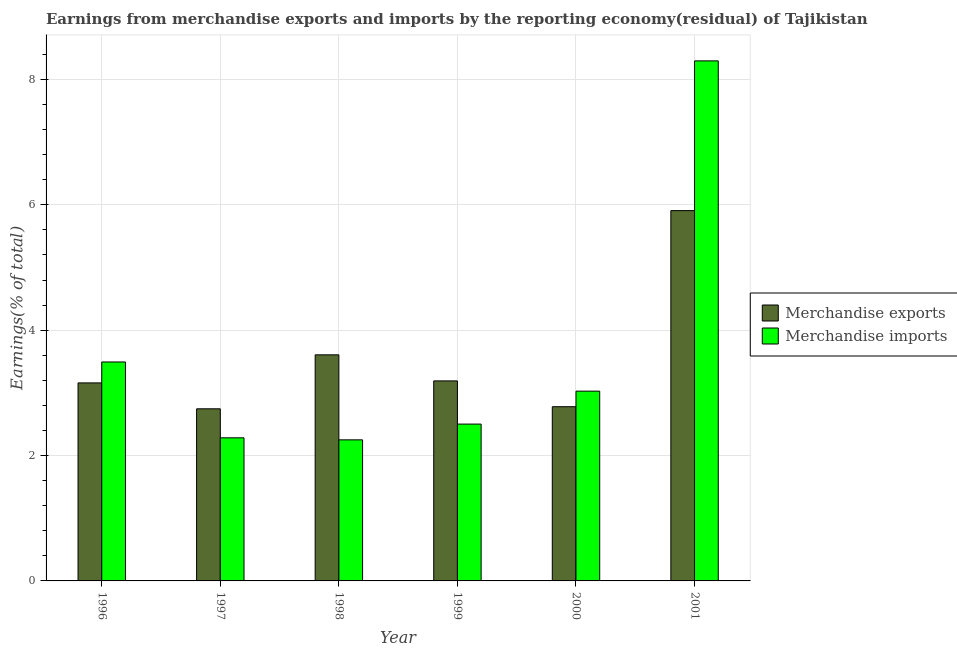
| Year | Merchandise exports | Merchandise imports |
 | --- | --- | --- |
 | 1996 | 3.16 | 3.49 |
 | 1997 | 2.75 | 2.28 |
 | 1998 | 3.61 | 2.25 |
 | 1999 | 3.19 | 2.5 |
 | 2000 | 2.78 | 3.03 |
 | 2001 | 5.91 | 8.3 |